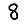
Digit: 8